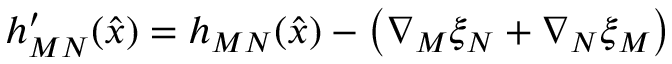
h _ { M N } ^ { \prime } ( \hat { x } ) = h _ { M N } ( \hat { x } ) - \left( \nabla _ { M } \xi _ { N } + \nabla _ { N } \xi _ { M } \right)